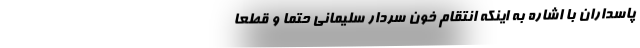
پاسداران با اشاره به اینکه انتقام خون سردار سلیمانی حتماٌ و قطعاً